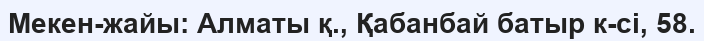
Мекен-жайы: Алматы қ., Қабанбай батыр к-сі, 58.